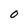
Character: O